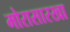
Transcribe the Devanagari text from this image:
मोरासारखा